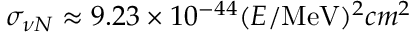
\sigma _ { \nu N } \approx 9 . 2 3 \times 1 0 ^ { - 4 4 } ( E / \mathrm { M e V } ) ^ { 2 } c m ^ { 2 }